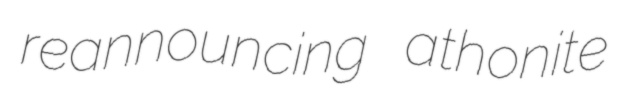
reannouncing athonite